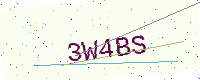
Text: 3W4BS